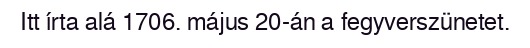
Itt írta alá 1706. május 20-án a fegyverszünetet.